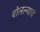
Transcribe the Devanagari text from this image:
बोलल्याचे